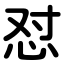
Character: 怼